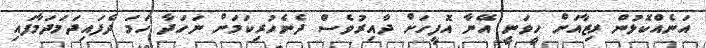
އަނެއްކޮޅުން ރިޒާއަށް ހީވަނީ އޭނާ އޮފީހަށް ދާއިރުވެސް ދެނެހުރިކަމަށް ނަހަދާ ހަމަ ދެފައިދަމަދަމާފައި